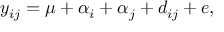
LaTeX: y _ { i j } = \mu + \alpha _ { i } + \alpha _ { j } + d _ { i j } + e ,